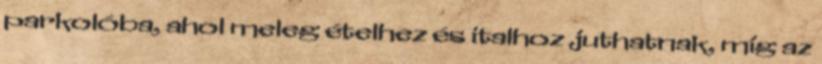
parkolóba, ahol meleg ételhez és italhoz juthatnak, míg az